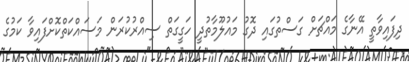
ދިފައިވާތީ އޭނާގެ މައްޗަށް ގަސްތުގައި ދޮގު މައުލޫމާތުދީ ހަގީގަތް ސިއްރުކުރަން މަސައްކަތްކޮށްފައިވާ ކަމުގެ